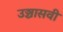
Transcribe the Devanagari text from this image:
उञ्चासवीं